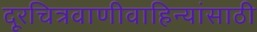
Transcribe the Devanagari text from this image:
दूरचित्रवाणीवाहिन्यांसाठी